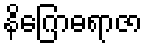
နိဂြောဓရာဇာ